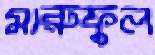
মারুফুল